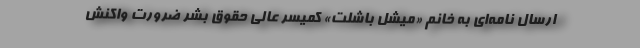
ارسال نامه‌ای به خانم «میشل باشلت» کمیسر عالی حقوق بشر ضرورت واکنش